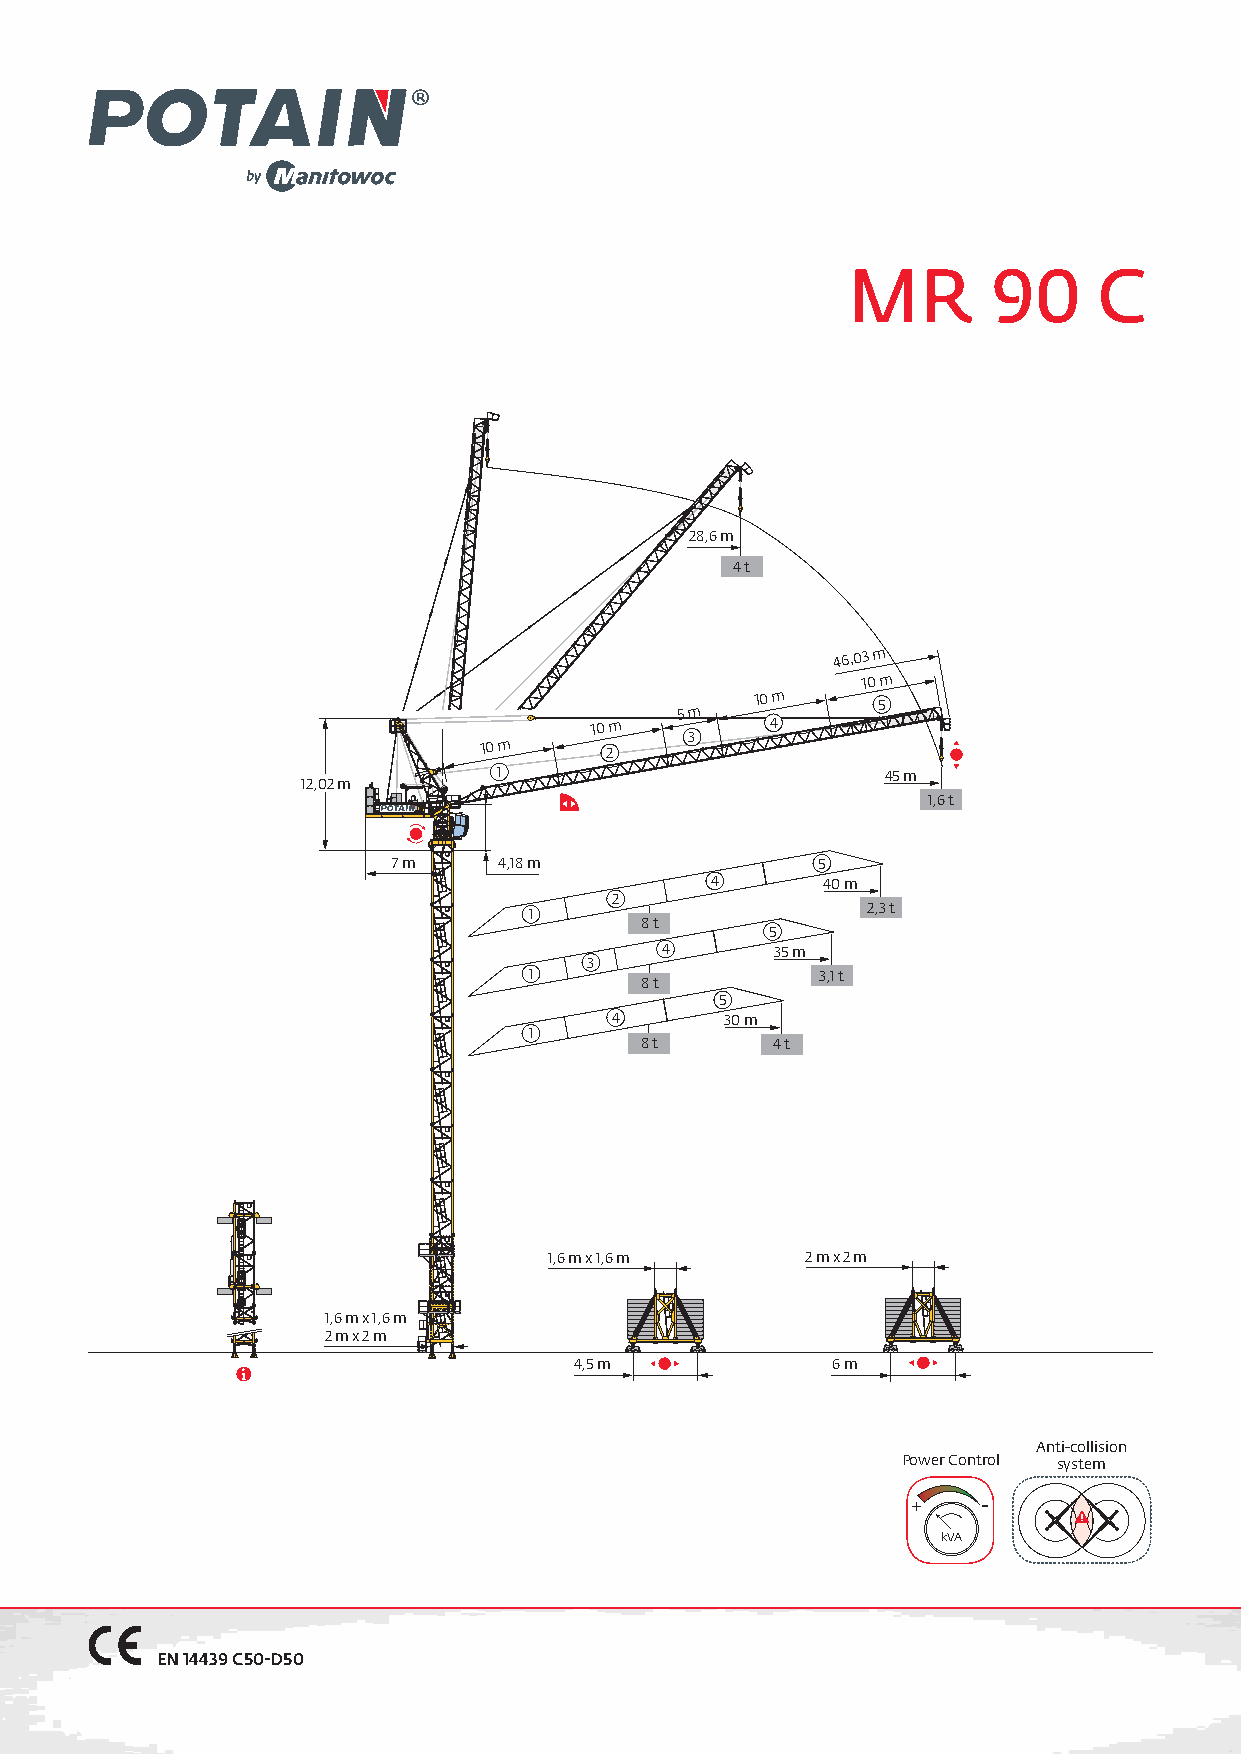
MR        90     C
 28,6 m
 4 t
 46,03 m
 10 m
 5 m
 10 m
 5
 10 m        4
 10 m
 2
 3
 1                         45 m
 12,02 m
 1,6 t
 7 m    4,18 m               5
 4      40 m
 2
 1                     2,3 t
 8 t
 5
 4      35 m
 3
 1                  3,1 t
 8 t
 5
 4       30 m
 1
 8 t      4 t
 1,6 m x 1,6 m    2 m x 2 m
 1,6 m x 1,6 m
 2 m x 2 m
 4,5 m            6 m
 Anti-collision
 Power Control system
 +    -
 kVA
 EN 14439 C50-D50